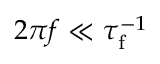
2 \pi f \ll \tau _ { \mathrm { f } } ^ { - 1 }